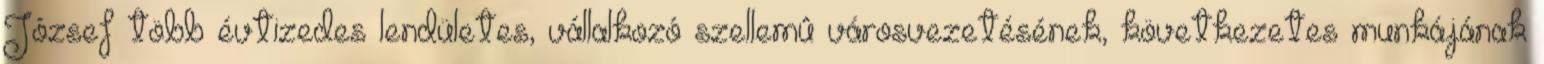
József több évtizedes lendületes, vállalkozó szellemû városvezetésének, következetes munkájának